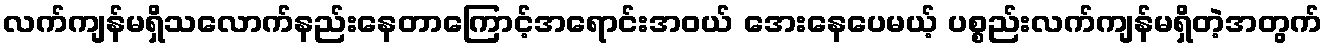
လက်ကျန်မရှိသလောက်နည်းနေတာကြောင့်အရောင်းအဝယ် အေးနေပေမယ့် ပစ္စည်းလက်ကျန်မရှိတဲ့အတွက်